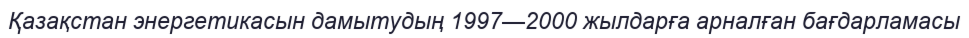
Қазақстан энергетикасын дамытудың 1997—2000 жылдарға арналған бағдарламасы